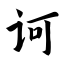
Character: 诃